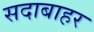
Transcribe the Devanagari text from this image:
सदाबाहर